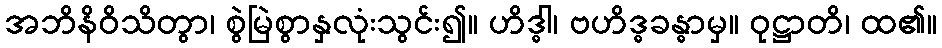
အဘိနိဝိသိတွာ၊ စွဲမြဲစွာနှလုံးသွင်း၍။ ဟိဒ္ဓါ၊ ဗဟိဒ္ဓခန္ဓာမှ။ ဝုဋ္ဌာတိ၊ ထ၏။